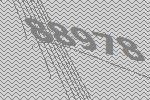
88978